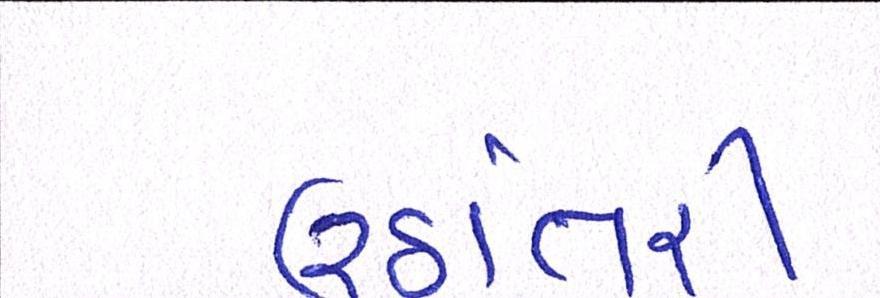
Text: ઉઠાંતરી